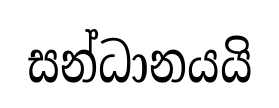
සන්ධානයයි